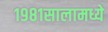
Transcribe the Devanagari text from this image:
१९८१सालामध्ये